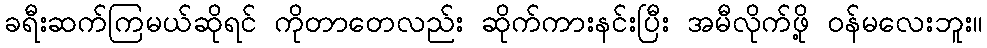
ခရီးဆက်ကြမယ်ဆိုရင် ကိုတာတေလည်း ဆိုက်ကားနင်းပြီး အမီလိုက်ဖို့ ဝန်မလေးဘူး။